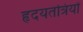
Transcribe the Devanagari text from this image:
हृदयतंत्रियों